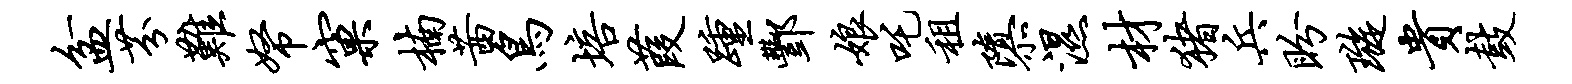
盆芬难帑窠楠茜鸟培葭踵酆娘吒租隳湿材猪兵盼璇贵鼓